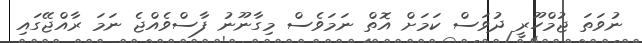
ނުވަތަ ޖުމްހޫރީ ދުވަސް ކަމަށް އޮތް ނަމަވެސް މިގާނޫނު ފާސްވެއްޖެ ނަމަ ރާއްޖޭގައި